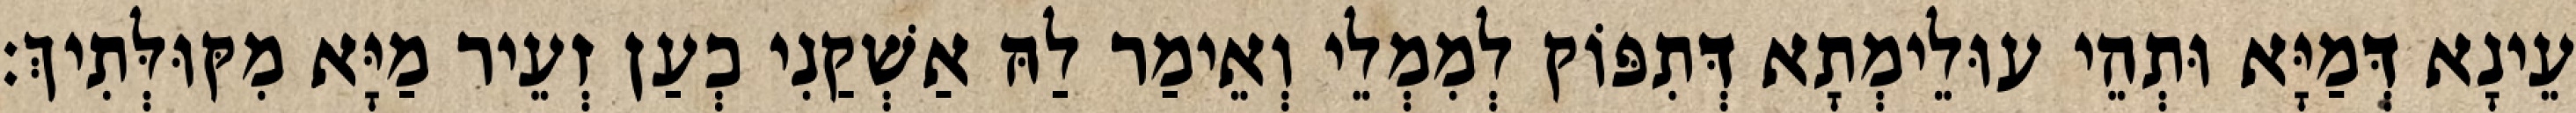
עֵינָא דְּמַיָּא וּתְהֵי עוּלֵימְתָא דְּתִפּוֹק לְמִמְלֵי וְאֵימַר לַהּ אַשְׁקַנִי כְעַן זְעֵיר מַיָּא מִקּוּלְּתִיךְ׃